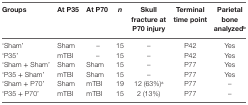
| Groups | At P35 | At P70 | n | Skull fracture at P70 injury | Terminal time point | Parietal bone analyzedb |
 | --- | --- | --- | --- | --- | --- | --- |
 | ‘Sham’ | Sham | – | 15 | – | P42 | Yes |
 | ‘P35’ | mTBI | – | 15 | – | P42 | Yes |
 | ‘Sham + Sham’ | Sham | Sham | 15 | – | P77 | Yes |
 | ‘P35 + Sham’ | mTBI | Sham | 15 | – | P77 | Yes |
 | ‘Sham + P70’ | Sham | mTBI | 19 | 12 (63%)a | P77 | – |
 | ‘P35 + P70’ | mTBI | mTBI | 15 | 2 (13%) | P77 | – |